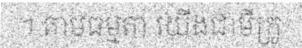
។ តាមធម្មតា យើងជាមីក្រូ